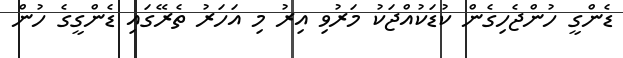
ޑެންގީ ހުންޖެހިގެން ކުޑަކުއްޖަކު މަރުވި އިރު މި އަހަރު ތެރޭގައި ޑެންގީގެ ހުން